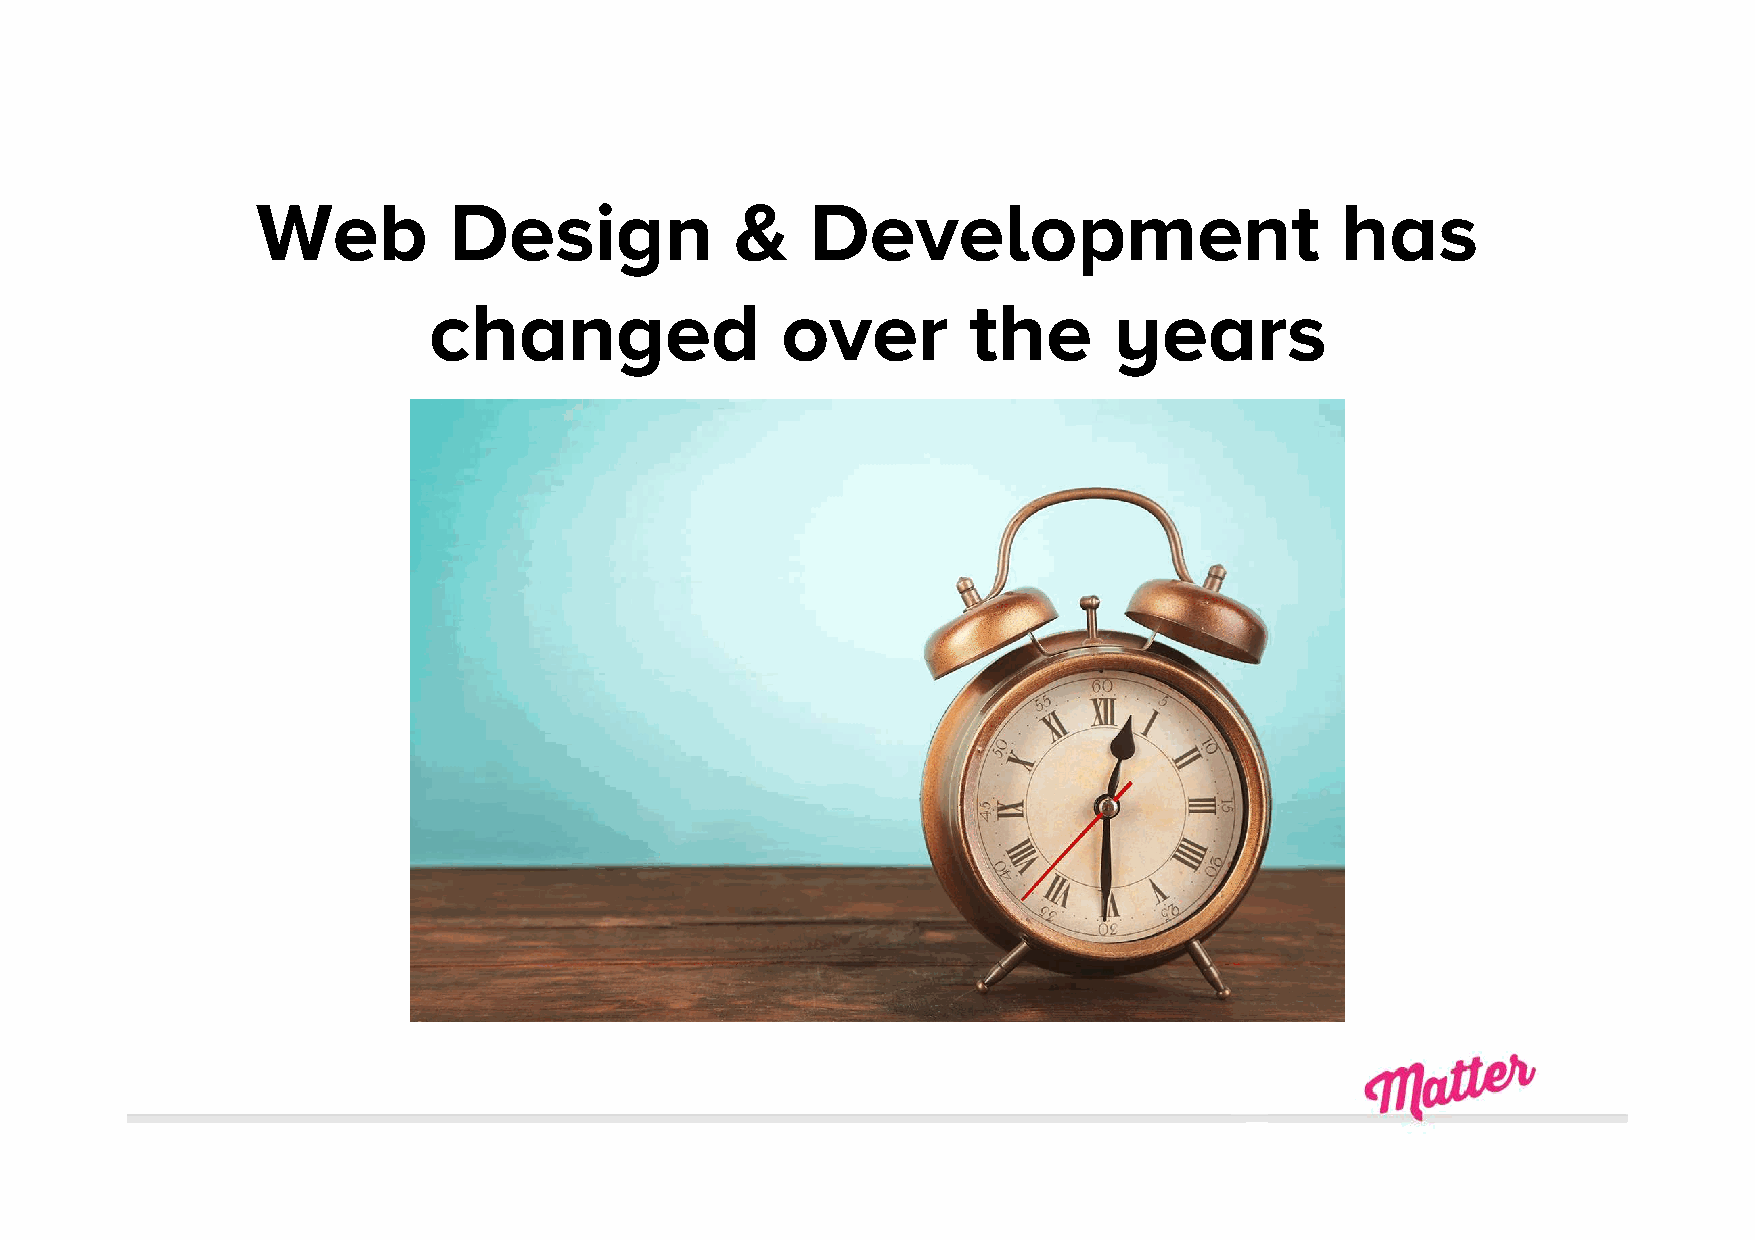
Web          Design             &    Development                        has
 changed                 over        the       years